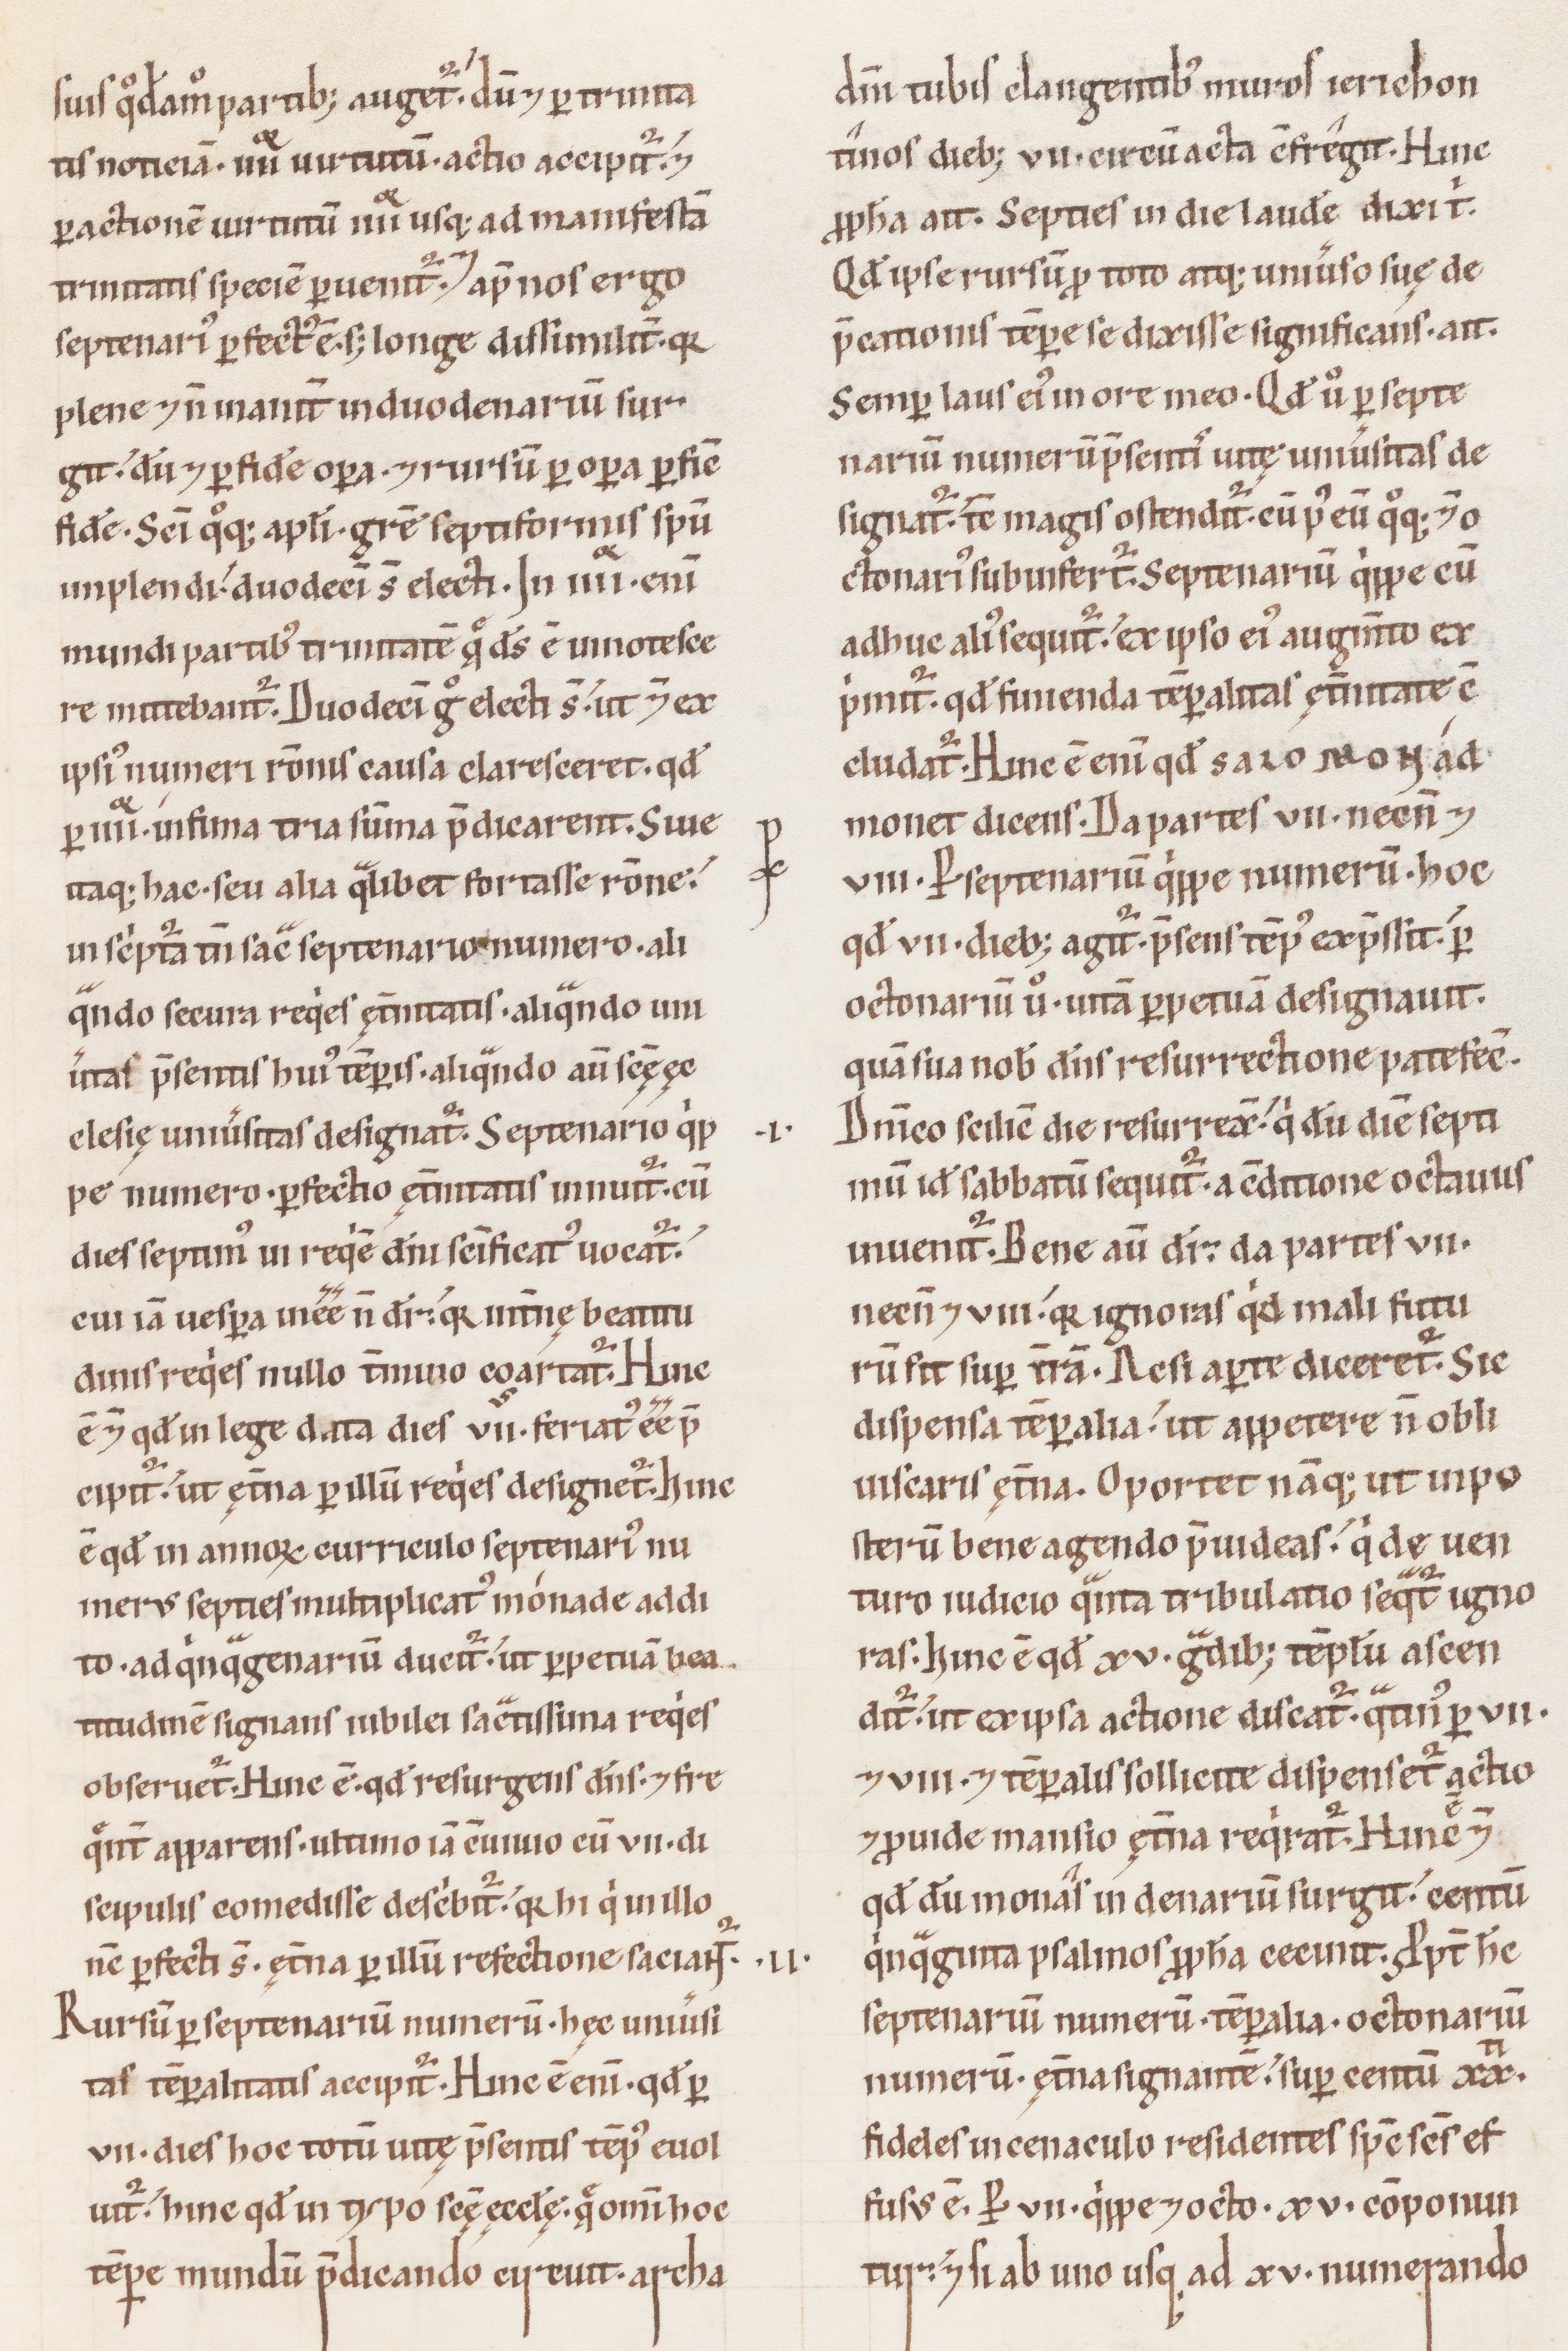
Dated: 1100–1199